Scottish Leaving Certificate Examination, 1960
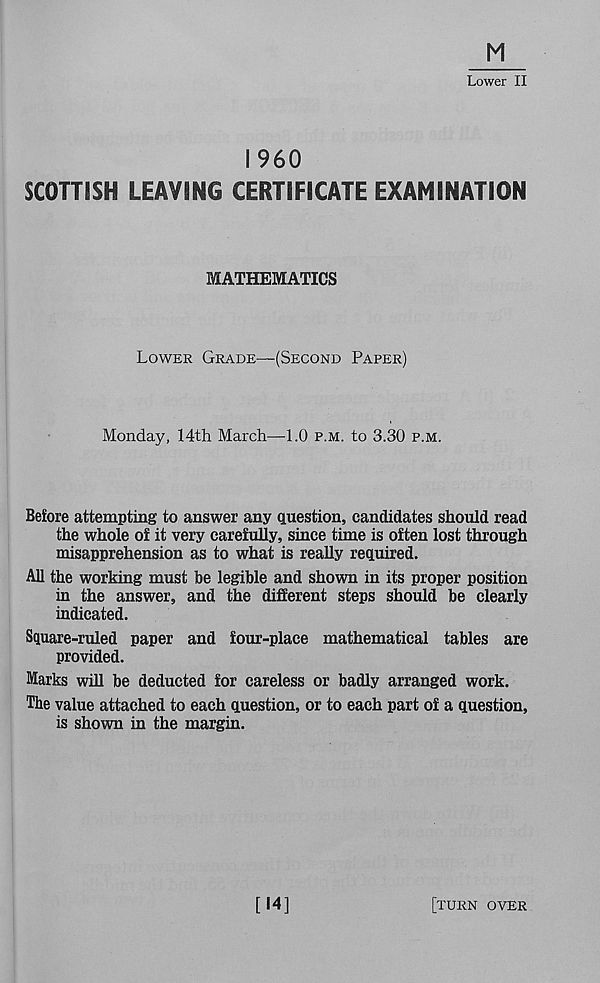
Lower II
I960
SCOTTISH LEAVING CERTIFICATE EXAMINATION
MATHEMATICS
Lower Grade—(Second Paper)
Monday, 14th March—1.0 p.m. to 3.30 p.m.
Before attempting to answer any question, candidates should read
the whole of it very carefully, since time is often lost through
misapprehension as to what is really required.
All the working must be legible and shown in its proper position
in the answer, and the different steps should be clearly
indicated.
Square-ruled paper and four-place mathematical tables are
provided.
Marks will be deducted for careless or badly arranged work.
The value attached to each question, or to each part of a question,
is shown in the margin.
[14]
[turn over